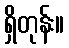
ရှိတုန်း။